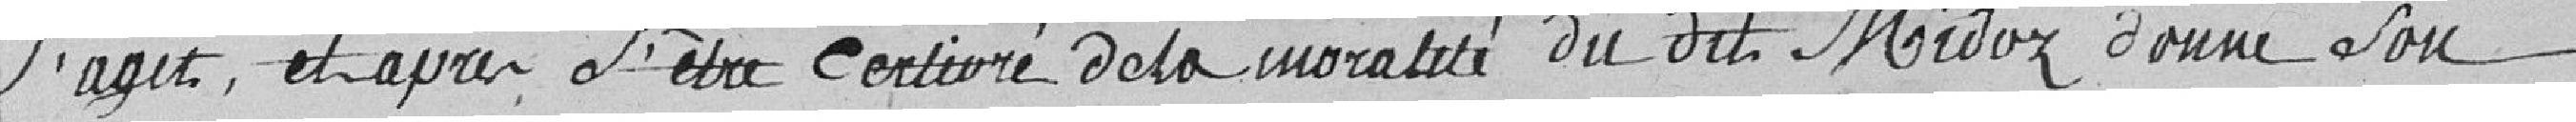
S'agit et après S'être certifié de la moralité du dit Midoz donne Son